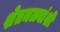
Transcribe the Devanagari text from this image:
शेतमळ्यांशी